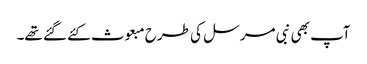
آپ بھی نبی مرسل کی طرح مبعوث کئے گئے تھے۔